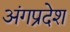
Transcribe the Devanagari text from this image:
अंगप्रदेश